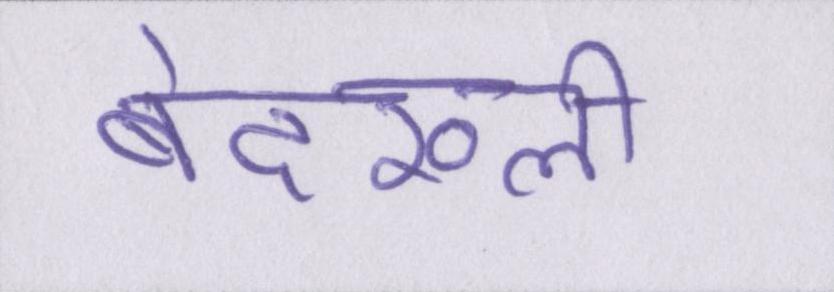
बेदख्ली